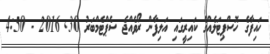
ހައިފާގެ ހޮސްޕިޓަލެއްގެ ކައިރީގައި އަލިފާން ރޯވެއްޖެ ސެޕްޓެމްބަރު 30